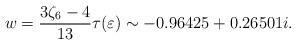
LaTeX: \begin{align*}w = \frac{3\zeta_6-4}{13} \tau(\varepsilon) \sim -0.96425+0.26501i.\end{align*}